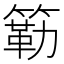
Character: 簕